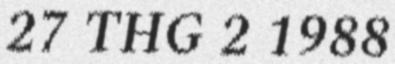
27 THG 2 1988